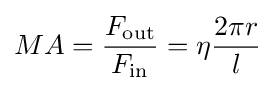
MA={\frac {F_{\text{out}}}{F_{\text{in}}}}=\eta {\frac {2\pi r}{l}}